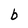
Character: b